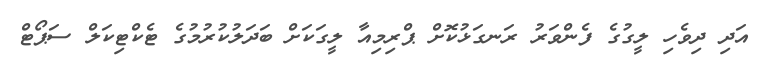
އަދި ދިވެހި ލީގުގެ ފެންވަރު ރަނގަޅުކޮށް ޕްރިމިއާ ލީގަކަށް ބަދަލުކުރުމުގެ ޓެކްޓިކަލް ސަޕޯޓް